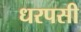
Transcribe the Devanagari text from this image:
धरपसी